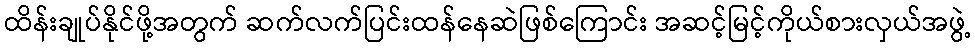
ထိန်းချုပ်နိုင်ဖို့အတွက် ဆက်လက်ပြင်းထန်နေဆဲဖြစ်ကြောင်း အဆင့်မြင့်ကိုယ်စားလှယ်အဖွဲ့